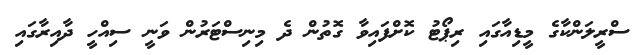
ސްރީލަންކާގެ މީޑިއާގައި ރިޕޯޓު ކޮށްފައިވާ ގޮތުން ދެ މިނިސްޓަރުން ވަނީ ސިއްހީ ދާއިރާގައި